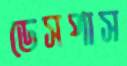
ডেসপাস